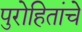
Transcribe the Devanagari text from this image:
पुरोहितांचे